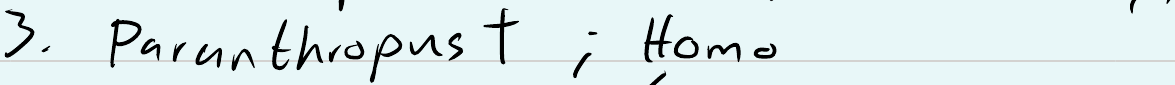
3. Paranthropust ; Homo